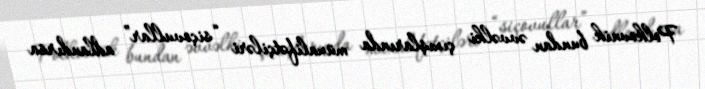
Polkovnik bundan əvvəlki çıxışlarında müxalifətçiləri “siçovullar” adlandırsa